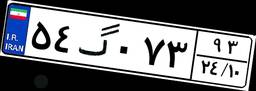
۵۴گ۰۷۳۹۳